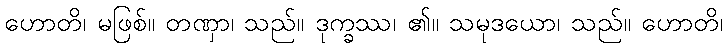
ဟောတိ၊ မဖြစ်။ တဏှာ၊ သည်။ ဒုက္ခဿ၊ ၏။ သမုဒယော၊ သည်။ ဟောတိ၊